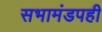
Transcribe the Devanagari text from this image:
सभामंडपही